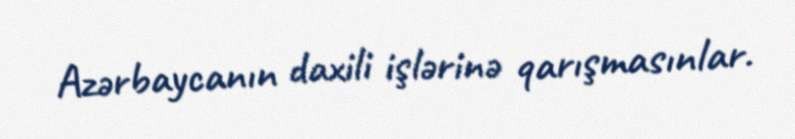
Azərbaycanın daxili işlərinə qarışmasınlar.